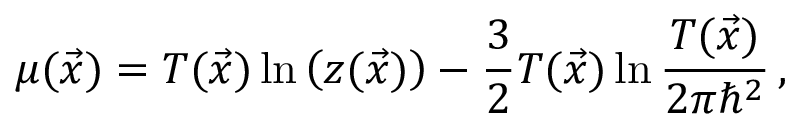
\mu ( \vec { x } ) = T ( \vec { x } ) \ln \left( z ( \vec { x } ) \right) - \frac { 3 } { 2 } T ( \vec { x } ) \ln \frac { T ( \vec { x } ) } { 2 \pi \hbar ^ { 2 } } \, ,